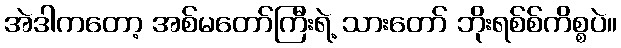
အဲဒါကတော့ အစ်မတော်ကြီးရဲ့ သားတော် ဘိုးရစ်စ်ကိစ္စပဲ။